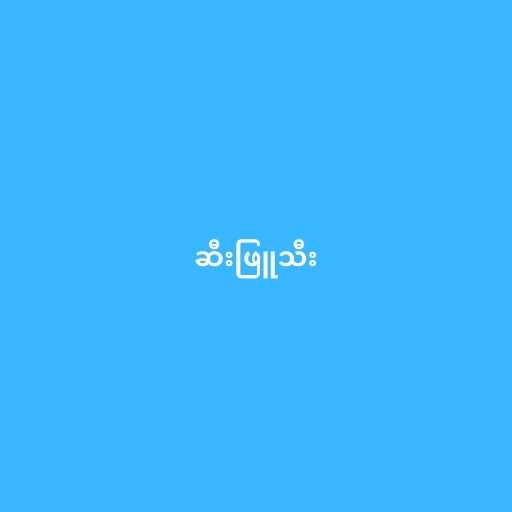
ဆီးဖြူသီး